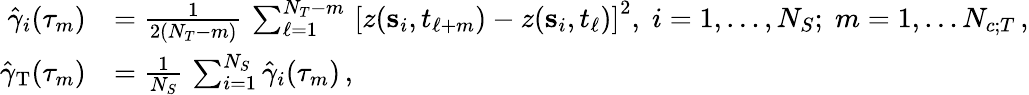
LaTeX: \begin{array}{rl}{\hat{\gamma}_{i}(\tau_{m})}&{=\frac{1}{2(N_{T}-m)}\, \sum_{\ell=1}^{N_{T}-m}\, \left[z({\mathbf s}_{i},t_{\ell+m})-z({\mathbf s}_{i},t_{\ell})\right]^{2},\; i=1,\ldots,N_{S};\; m=1,\ldots N_{c;T}\, ,}\\ {{\hat{\gamma}_{\mathrm{T}}}(\tau_{m})}&{=\frac{1}{N_{S}}\, \sum_{i=1}^{N_{S}}\hat{\gamma}_{i}(\tau_{m})\, ,}\end{array}